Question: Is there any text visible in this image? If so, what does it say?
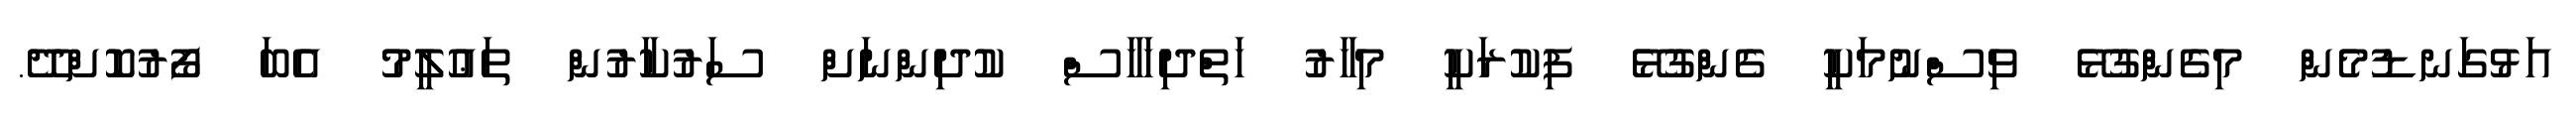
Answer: އަޅުގަނޑުމެން މިގެންގުޅޭ ވިސްނުމަކީ ގެންގުޅޭ ފިކުރަކީ މިހާރު ހަތްދިހަހާސް ކުދިންނަށް ސަރުކާރުން ތަޢުލީމު އެބަ ފޯރުކޮށްދޭ.